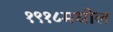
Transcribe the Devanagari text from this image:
१९१८मधील